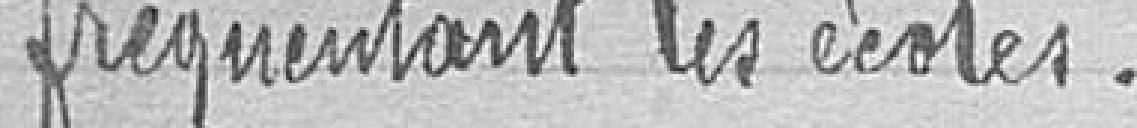
fréquentant les écoles